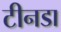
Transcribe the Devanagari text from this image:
टीनडा